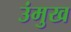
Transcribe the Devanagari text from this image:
उंमुख